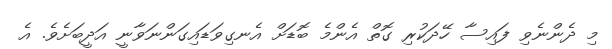
މި ދެންނެވި ފައިސާ ހޭދަކުރި ގޮތް އެންމެ ބޮޑަށް އެނގިވަޑައިގަންނަވާނީ އަދީބަށެވެ. އެ